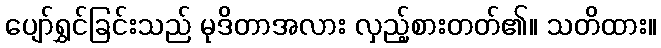
ပျော်ရွှင်ခြင်းသည် မုဒိတာအလား လှည့်စားတတ်၏။ သတိထား။